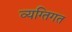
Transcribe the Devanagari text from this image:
व्यग्तिगत